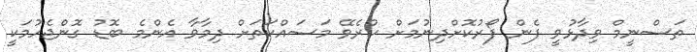
ތަސްނީމް ވިދާޅުވީ ފެން ފޯރުކޮށްދިނުމަށް ކުރެވޭ މަސައްކަތަށް ދިމާވާ އެންމެ ބޮޑު ގޮންެޖެހުމަކީ